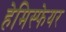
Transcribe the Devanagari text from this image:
हेमिस्फेयर